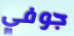
جوفي